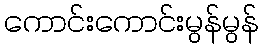
ကောင်းကောင်းမွန်မွန်